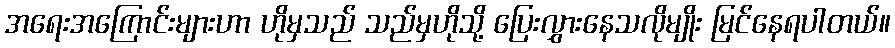
အရေးအကြောင်းများဟာ ဟိုမှသည် သည်မှဟိုသို့ ပြေးလွှားနေသလိုမျိုး မြင်နေရပါတယ်။